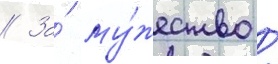
// За́ му́жество /